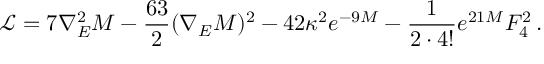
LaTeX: \mathcal { L } = 7 \nabla _ { E } ^ { 2 } M - \frac { 6 3 } { 2 } ( \nabla _ { E } M ) ^ { 2 } - 4 2 \kappa ^ { 2 } e ^ { - 9 M } - \frac { 1 } { 2 \cdot 4 ! } e ^ { 2 1 M } F _ { 4 } ^ { 2 } \, .